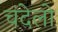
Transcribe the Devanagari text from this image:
चंदेलो